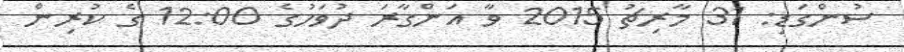
ސުންގަޑި: 31 މާރިޗު 2015 ވާ އަންގާރަ ދުވަހުގެ 12:00 ގެ ކުރިން